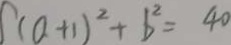
( a + 1 ) ^ { 2 } + b ^ { 2 } = 4 0